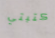
كتبتي